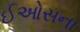
ઈઓસના